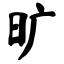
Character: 旷